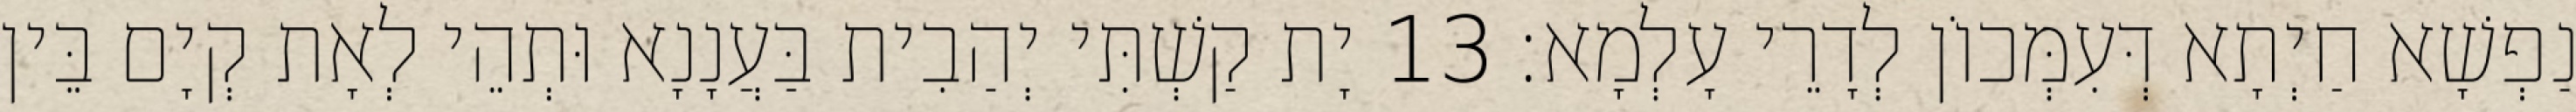
נַפְשָׁא חַיְתָא דְּעִמְּכוֹן לְדָרֵי עָלְמָא׃ 13 יָת קַשְׁתִּי יְהַבִית בַּעֲנָנָא וּתְהֵי לְאָת קְיָם בֵּין